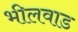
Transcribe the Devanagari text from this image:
भीलवाड